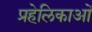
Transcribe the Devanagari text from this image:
प्रहेलिकाओं